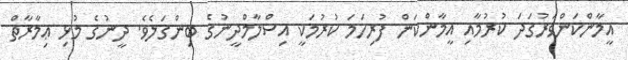
އީމާންކަންވަރުގަދަ ކުރުމާއި އީމާންކަން ފުރިހަމަ ކުރުމަކީ އިސްލާމްދީނުގެ ބިންގަލެވެ. ދީނުގެ މުޅި ޢިމާރާތް